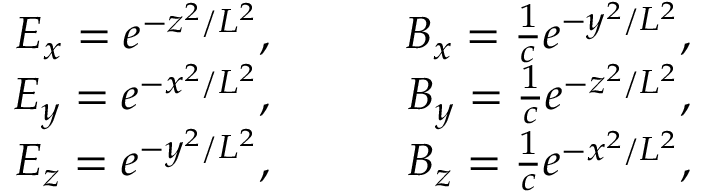
\begin{array} { r l r } { E _ { x } = e ^ { - z ^ { 2 } / L ^ { 2 } } , } & { { } \quad } & { B _ { x } = \frac { 1 } { c } e ^ { - y ^ { 2 } / L ^ { 2 } } , } \\ { E _ { y } = e ^ { - x ^ { 2 } / L ^ { 2 } } , } & { { } \quad } & { B _ { y } = \frac { 1 } { c } e ^ { - z ^ { 2 } / L ^ { 2 } } , } \\ { E _ { z } = e ^ { - y ^ { 2 } / L ^ { 2 } } , } & { { } \quad } & { B _ { z } = \frac { 1 } { c } e ^ { - x ^ { 2 } / L ^ { 2 } } , } \end{array}